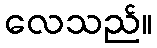
လေသည်။